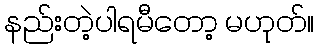
နည်းတဲ့ပါရမီတော့ မဟုတ်။